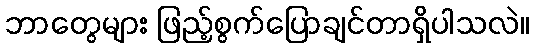
ဘာတွေများ ဖြည့်စွက်ပြောချင်တာရှိပါသလဲ။